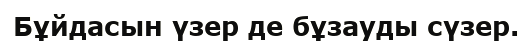
Бұйдасын үзер де бұзауды сүзер.